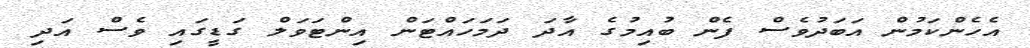
އެހެންކަމުން އަބަދުވެސް ފެން ބުއިމުގެ އާދަ ދަމަހައްޓަން އިންޓަވަލް ގަޑީގައި ވެސް އަދި